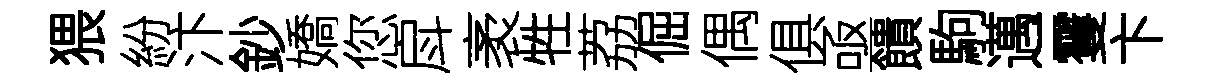
猥紛汴鈔嬌您戽袤牲荔倔偶俱亟饋駒邁䨥卞